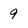
Character: 9